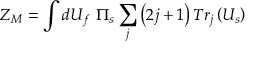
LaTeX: Z _ { M } = \int d U _ { f } \ \Pi _ { s } \sum _ { j } \left( 2 j + 1 \right) T r _ { j } \left( U _ { s } \right)